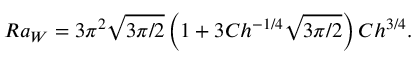
R a _ { W } = 3 \pi ^ { 2 } \sqrt { 3 \pi / 2 } \left( 1 + 3 C h ^ { - 1 / 4 } \sqrt { 3 \pi / 2 } \right) C h ^ { 3 / 4 } .